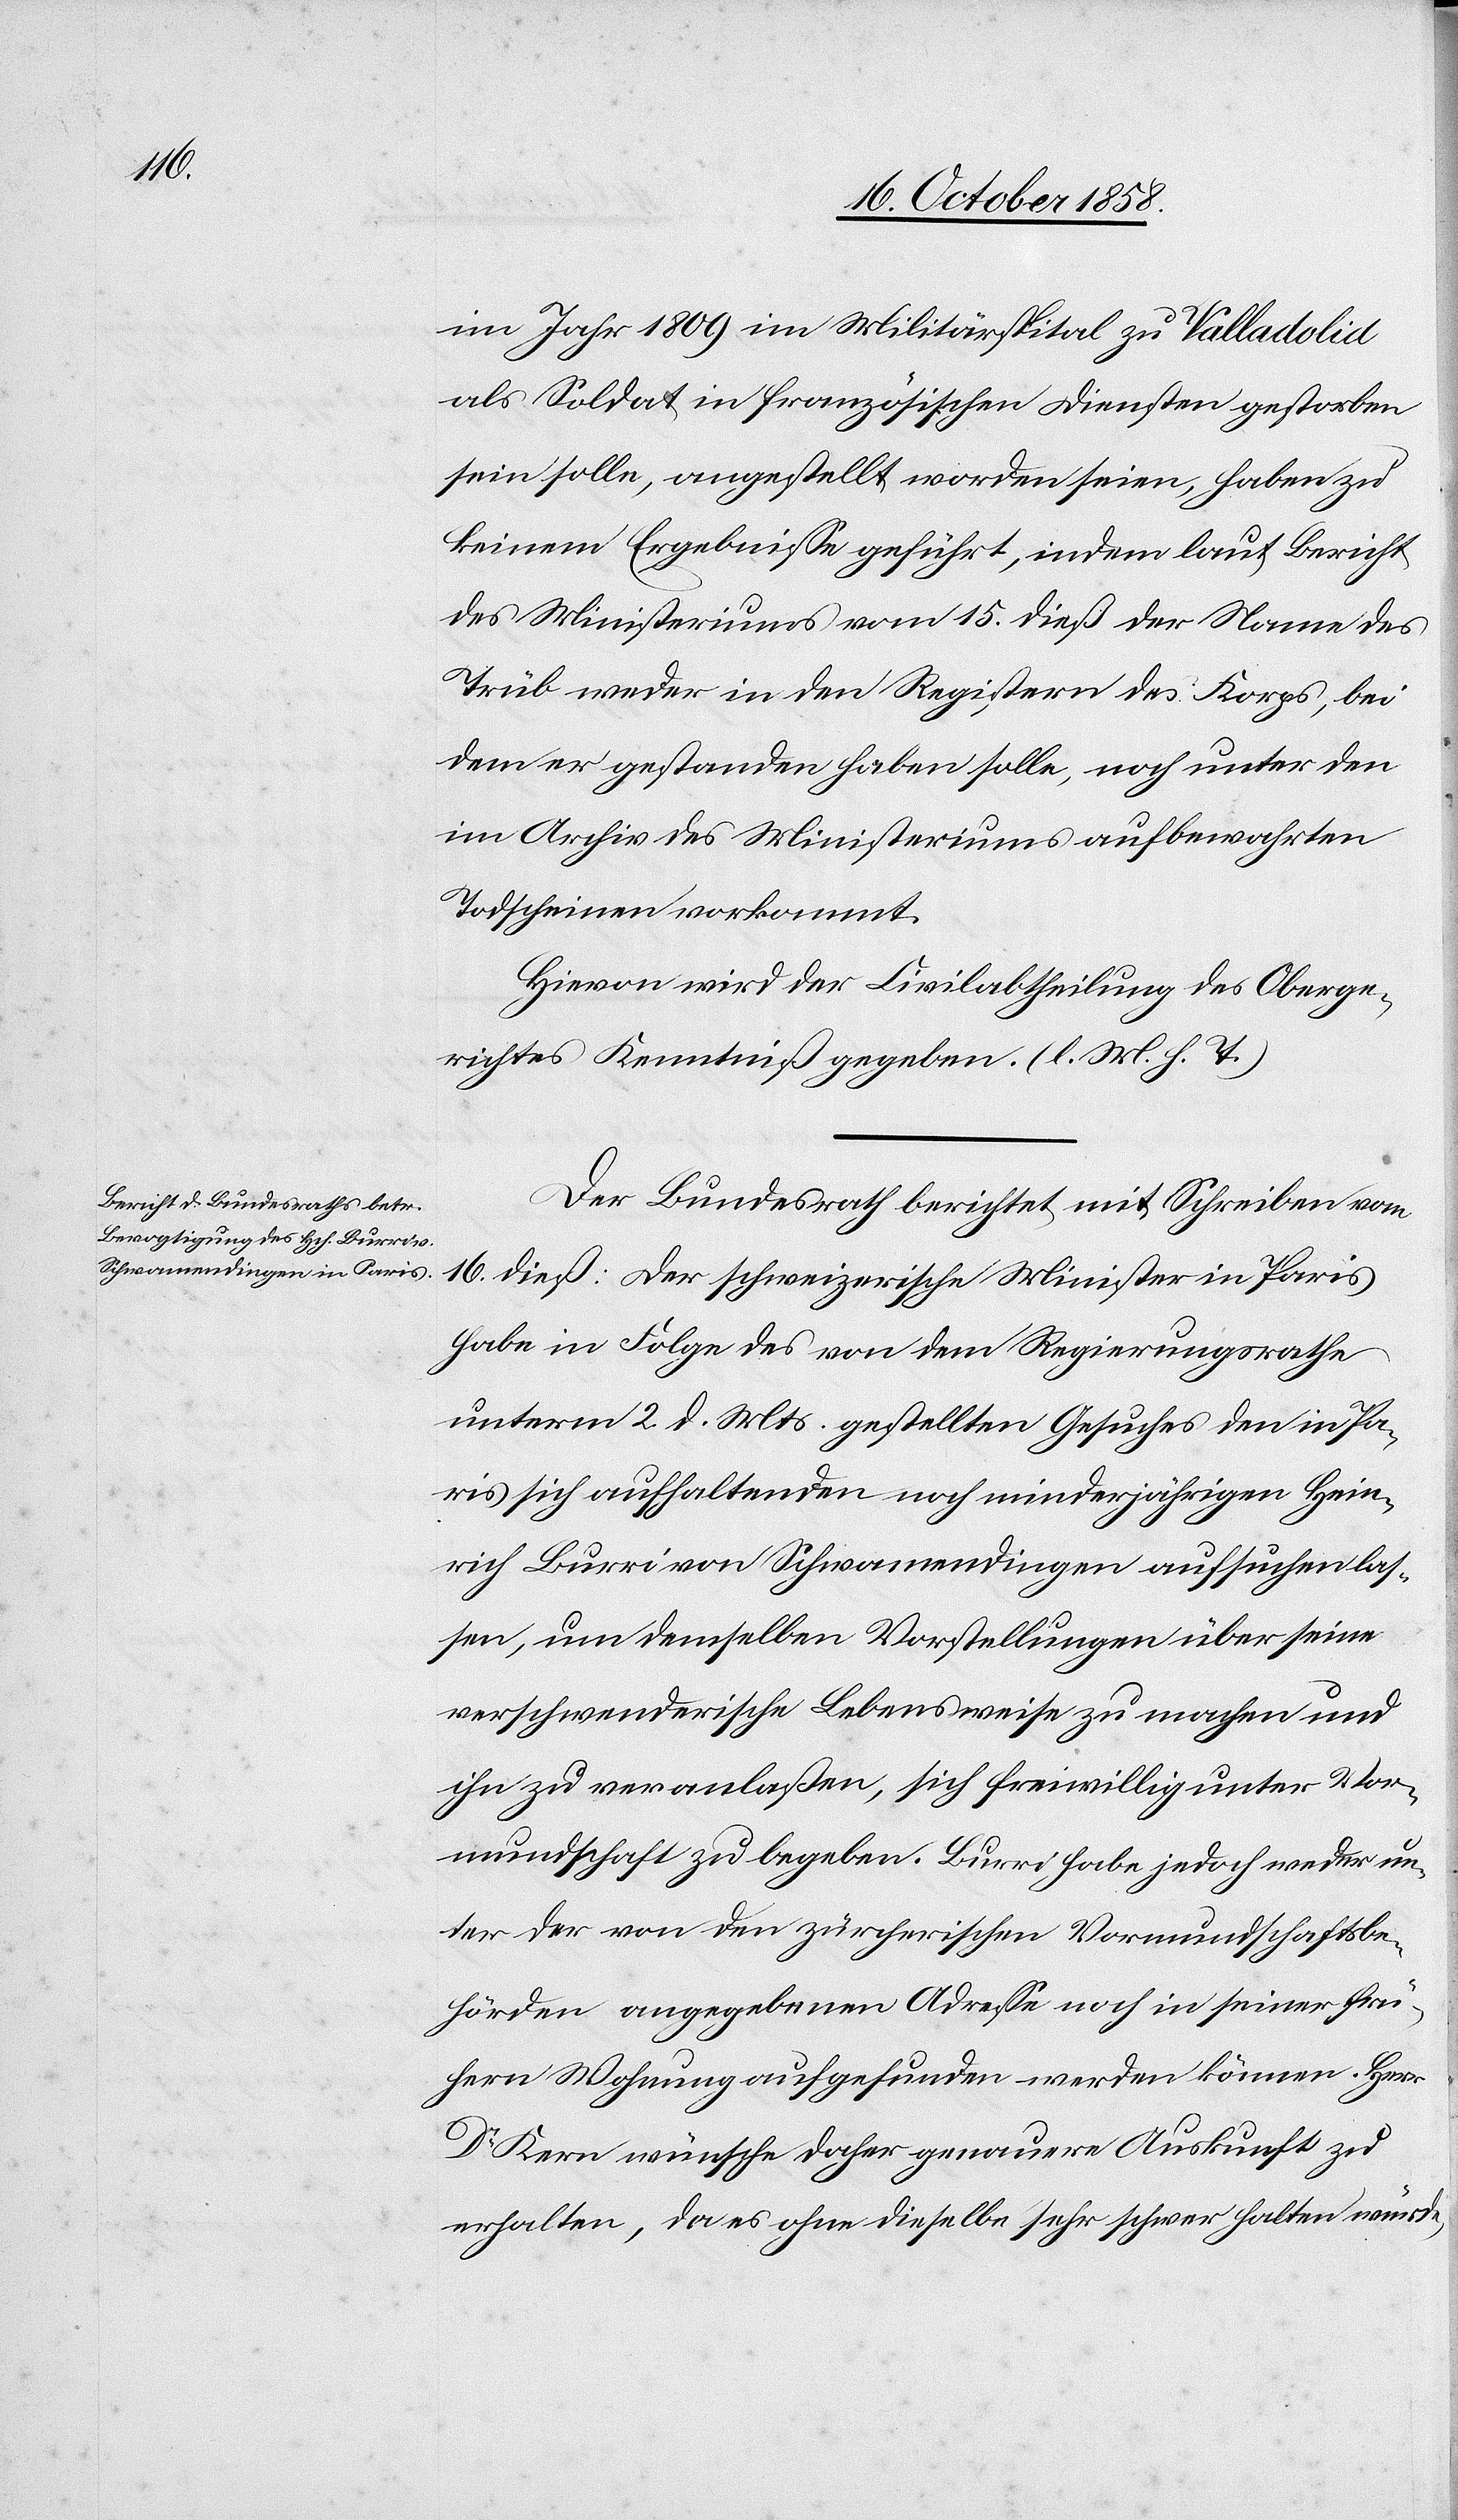
20. October 1858.]
im Jahr 1809 im Militärspital zu Valladolid
als Soldat in französischen Diensten gestorben
sein solle, angestellt worden seien, haben zu
keinem Ergebnisse geführt, indem laut Bericht
des Ministeriums vom 15. dieß der Name des
Trüb weder in den Registern des Korps, bei
dem er gestanden haben solle, noch unter den
im Archiv des Ministeriums aufbewahrten
Todscheinen vorkommt.
Hievon wird der Civilabtheilung des Oberge¬
richtes Kenntniß gegeben. (l. M. h. T.)
Der Bundesrath berichtet mit Schreiben vom
16. dieß: Der schweizerische Minister in Paris
habe in Folge des von dem Regierungsrathe
unterm 2. d. Mts. gestellten Gesuches den in Pa¬
ris sich aufhaltenden noch minderjährigen Hein¬
rich Burri von Schwamendingen aufsuchen las¬
sen, um demselben Vorstellungen über seine
verschwenderische Lebensweise zu machen und
ihn zu veranlaßen, sich freiwillig unter Vor¬
mundschaft zu begeben. Burri habe jedoch weder un¬
ter der von den zürcherischen Vormundschaftsbe¬
hörden angegebenen Adresse noch in seiner frü¬
hern Wohnung aufgefunden werden können. Herr
Dr. Kern wünsche daher genauere Auskunft zu
erhalten, da es ohne dieselbe sehr schwer halten würde,